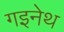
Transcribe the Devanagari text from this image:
गइनेथ